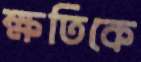
ক্ষতিকে